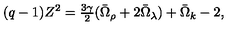
( q - 1 ) Z ^ { 2 } = \textstyle { \frac { 3 \gamma } { 2 } } ( \bar { \Omega } _ { \rho } + 2 \bar { \Omega } _ { \lambda } ) + \bar { \Omega } _ { k } - 2 ,